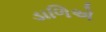
ડાળિએ